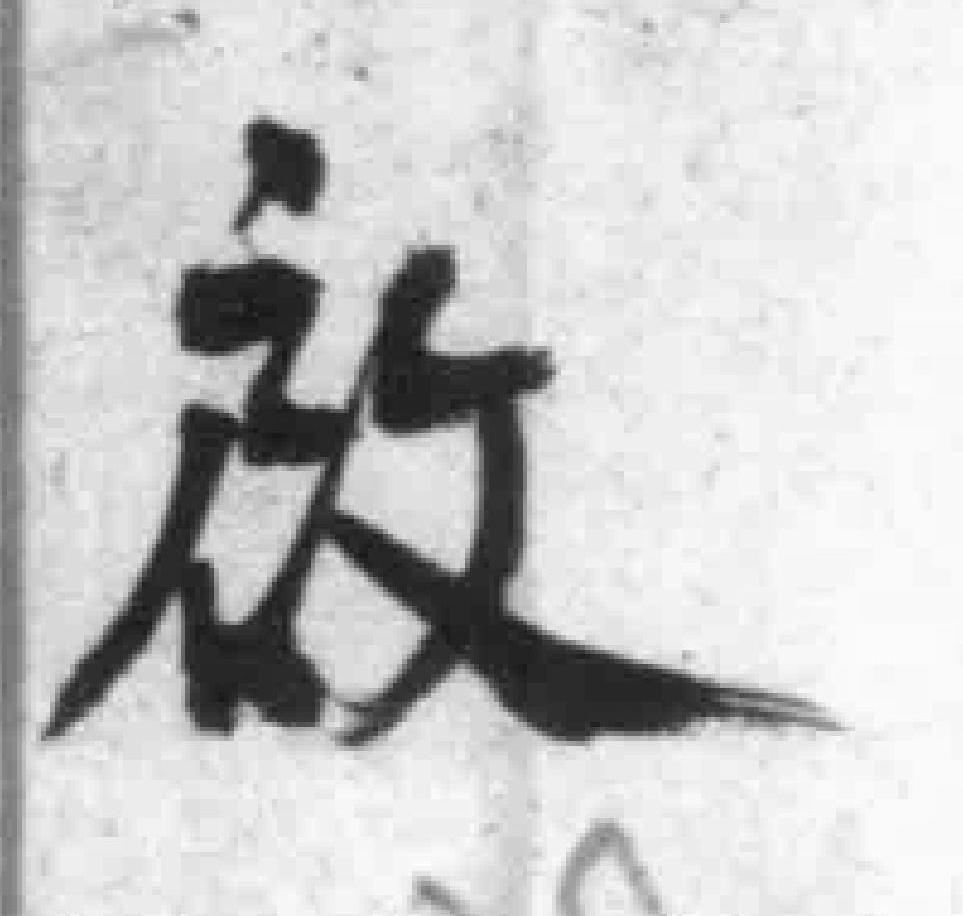
啟